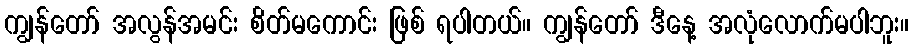
ကျွန်တော် အလွန်အမင်း စိတ်မကောင်း ဖြစ် ရပါတယ်။ ကျွန်တော် ဒီနေ့ အလုံလောက်မပါဘူး။